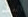
العظم